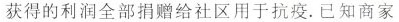
获得的利润全部捐赠给社区用于抗疫.已知商家